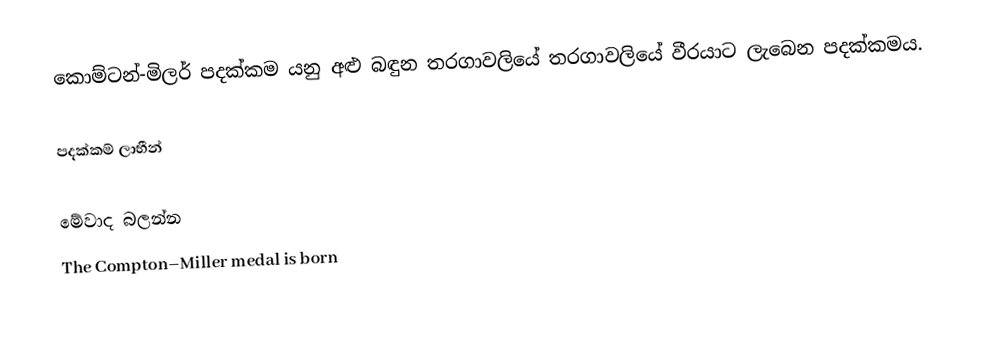
කොම්ටන්-මිලර් පදක්කම යනු අළු බඳුන තරගාවලියේ තරගාවලියේ වීරයාට ලැබෙන පදක්කමය.

පදක්කම් ලාභීන්

මේවාද බලන්න
The Compton–Miller medal is born